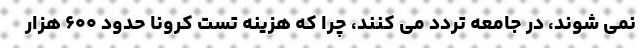
نمی شوند، در جامعه تردد می کنند، چرا که هزینه تست کرونا حدود ۶۰۰ هزار